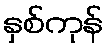
နှစ်ကုန်